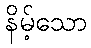
နိမ့်သော